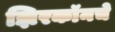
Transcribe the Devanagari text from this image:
झिरकॉनचे